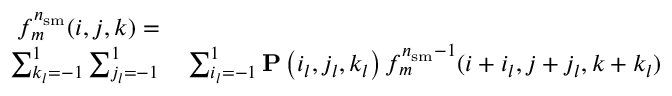
\begin{array} { r l } { f _ { m } ^ { n _ { \mathrm { s m } } } ( i , j , k ) = } & { { } } \\ { \sum _ { k _ { l } = - 1 } ^ { 1 } \sum _ { j _ { l } = - 1 } ^ { 1 } } & { { } \sum _ { i _ { l } = - 1 } ^ { 1 } \mathbf { P } \left( i _ { l } , j _ { l } , k _ { l } \right) f _ { m } ^ { n _ { \mathrm { s m } } - 1 } ( i + i _ { l } , j + j _ { l } , k + k _ { l } ) } \end{array}